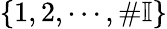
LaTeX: \{ 1,2,\cdots,\# \mathbb{I}\}